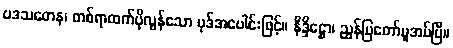
ပဒသတေန၊ တစ်ရာထက်ပိုလွန်သော ပုဒ်အပေါင်းဖြင့်။ နိဒ္ဒိဋ္ဌော၊ ညွှန်ပြတော်မူအပ်ပြီ။